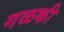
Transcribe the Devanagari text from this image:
गळकी